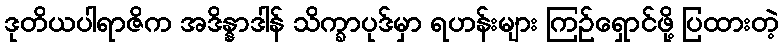
ဒုတိယပါရာဇိက အဒိန္နာဒါန် သိက္ခာပုဒ်မှာ ရဟန်းများ ကြဉ်ရှောင်ဖို့ ပြထားတဲ့